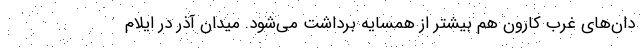
دان‌های غرب کارون هم بیشتر از همسایه برداشت می‌شود. میدان آذر در ایلام